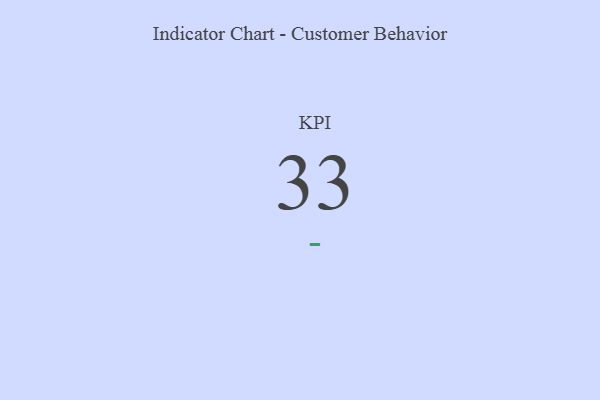
{"axis": {"x": "KPI", "y": "Value"}, "legend": [""], "data": [{"x": "KPI", "y": 33, "type": ""}]}